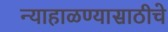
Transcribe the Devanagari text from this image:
न्याहाळण्यासाठीचे